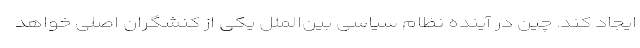
ایجاد کند. چین در آینده نظام سیاسی بین‌الملل یکی از کنشگران اصلی خواهد